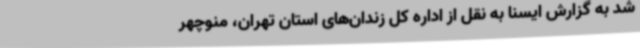
شد به گزارش ایسنا به نقل از اداره کل زندان‌های استان تهران، منوچهر